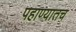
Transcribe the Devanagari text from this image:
पहाण्यातच